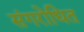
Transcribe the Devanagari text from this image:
संगरोधित